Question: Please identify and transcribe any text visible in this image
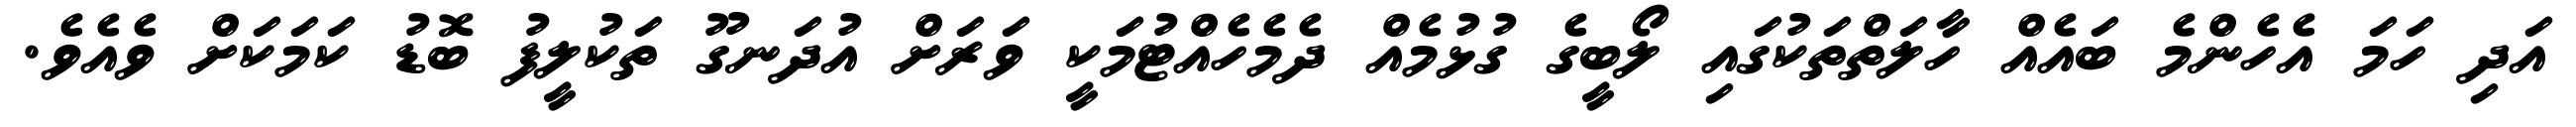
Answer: އަދި ހަމަ އެހެންމެ ބައެއް ހާލަތްތަކުގައި ލޯބީގެ ގުޅުމެއް ދެމެހެއްޓުމަކީ ވަރަށް އުދަނގޫ ތަކުލީފު ބޮޑު ކަމަކަށް ވެއެވެ.